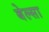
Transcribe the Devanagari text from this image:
बेल्सा